Vaccination in Bombay 1869-1873 - 1869-1873
Year: 1869
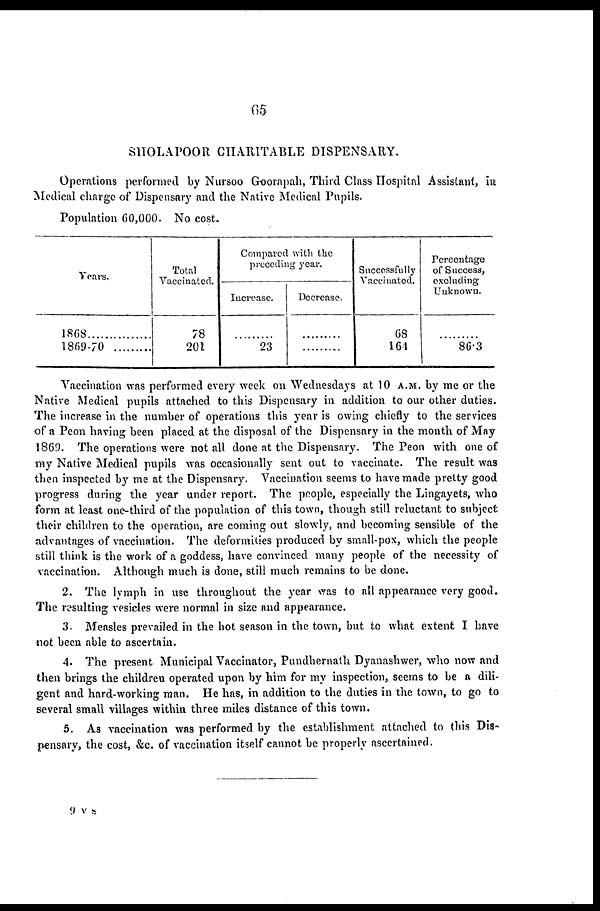
65
SHOLAPOOR CHARITABLE DISPENSARY.
Operations performed by Nursoo Goorapah, Third Class Hospital Assistant, in
Medical charge of Dispensary and the Native Medical Pupils.
Population 60,000. No cost.
Years.
1868
1869-70
Total
Vaccinated.
78
201
Compared with the
preceding year.
Increase.
...........
23
Decrease.
...........
...........
Successfully
Vaccinated.
68
164
Percentage
of Success,
excluding
Unknown.
...........
86.3
Vaccination was performed every week on Wednesdays at 10 A.M. by me or the
Native Medical pupils attached to this Dispensary in addition to our other duties.
The increase in the number of operations this year is owing chiefly to the services
of a Peon having been placed at the disposal of the Dispensary in the month of May
1869. The operations were not all done at the Dispensary. The Peon with one of
my Native Medical pupils was occasionally sent out to vaccinate. The result was
then inspected by me at the Dispensary. Vaccination seems to have made pretty good
progress during the year under report. The people, especially the Lingayets, who
form at least one-third of the population of this town, though still reluctant to subject
their children to the operation, are coming out slowly, and becoming sensible of the
advantages of vaccination. The deformities produced by small-pox, which the people
still think is the work of a goddess, have convinced many people of the necessity of
vaccination. Although much is done, still much remains to be done.
2. The lymph in use throughout the year was to all appearance very good.
The resulting vesicles were normal in size and appearance.
3. Measles prevailed in the hot season in the town, but to what extent I have
not been able to ascertain.
4. The present Municipal Vaccinator, Pundhernath Dyanashwer, who now and
then brings the children operated upon by him for my inspection, seems to be a dili-
gent and hard-working man. He has, in addition to the duties in the town, to go to
several small villages within three miles distance of this town.
5. As vaccination was performed by the establishment attached to this Dis-
pensary, the cost, &c. of vaccination itself cannot be properly ascertained.
9 v s